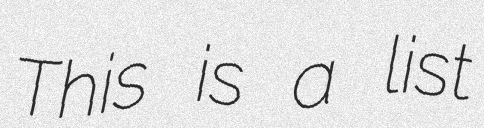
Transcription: This is a list